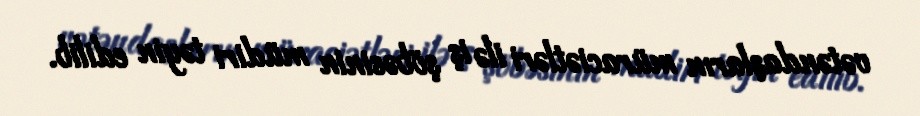
vətəndaşların müraciətləri ilə iş şöbəsinin müdiri təyin edilib.